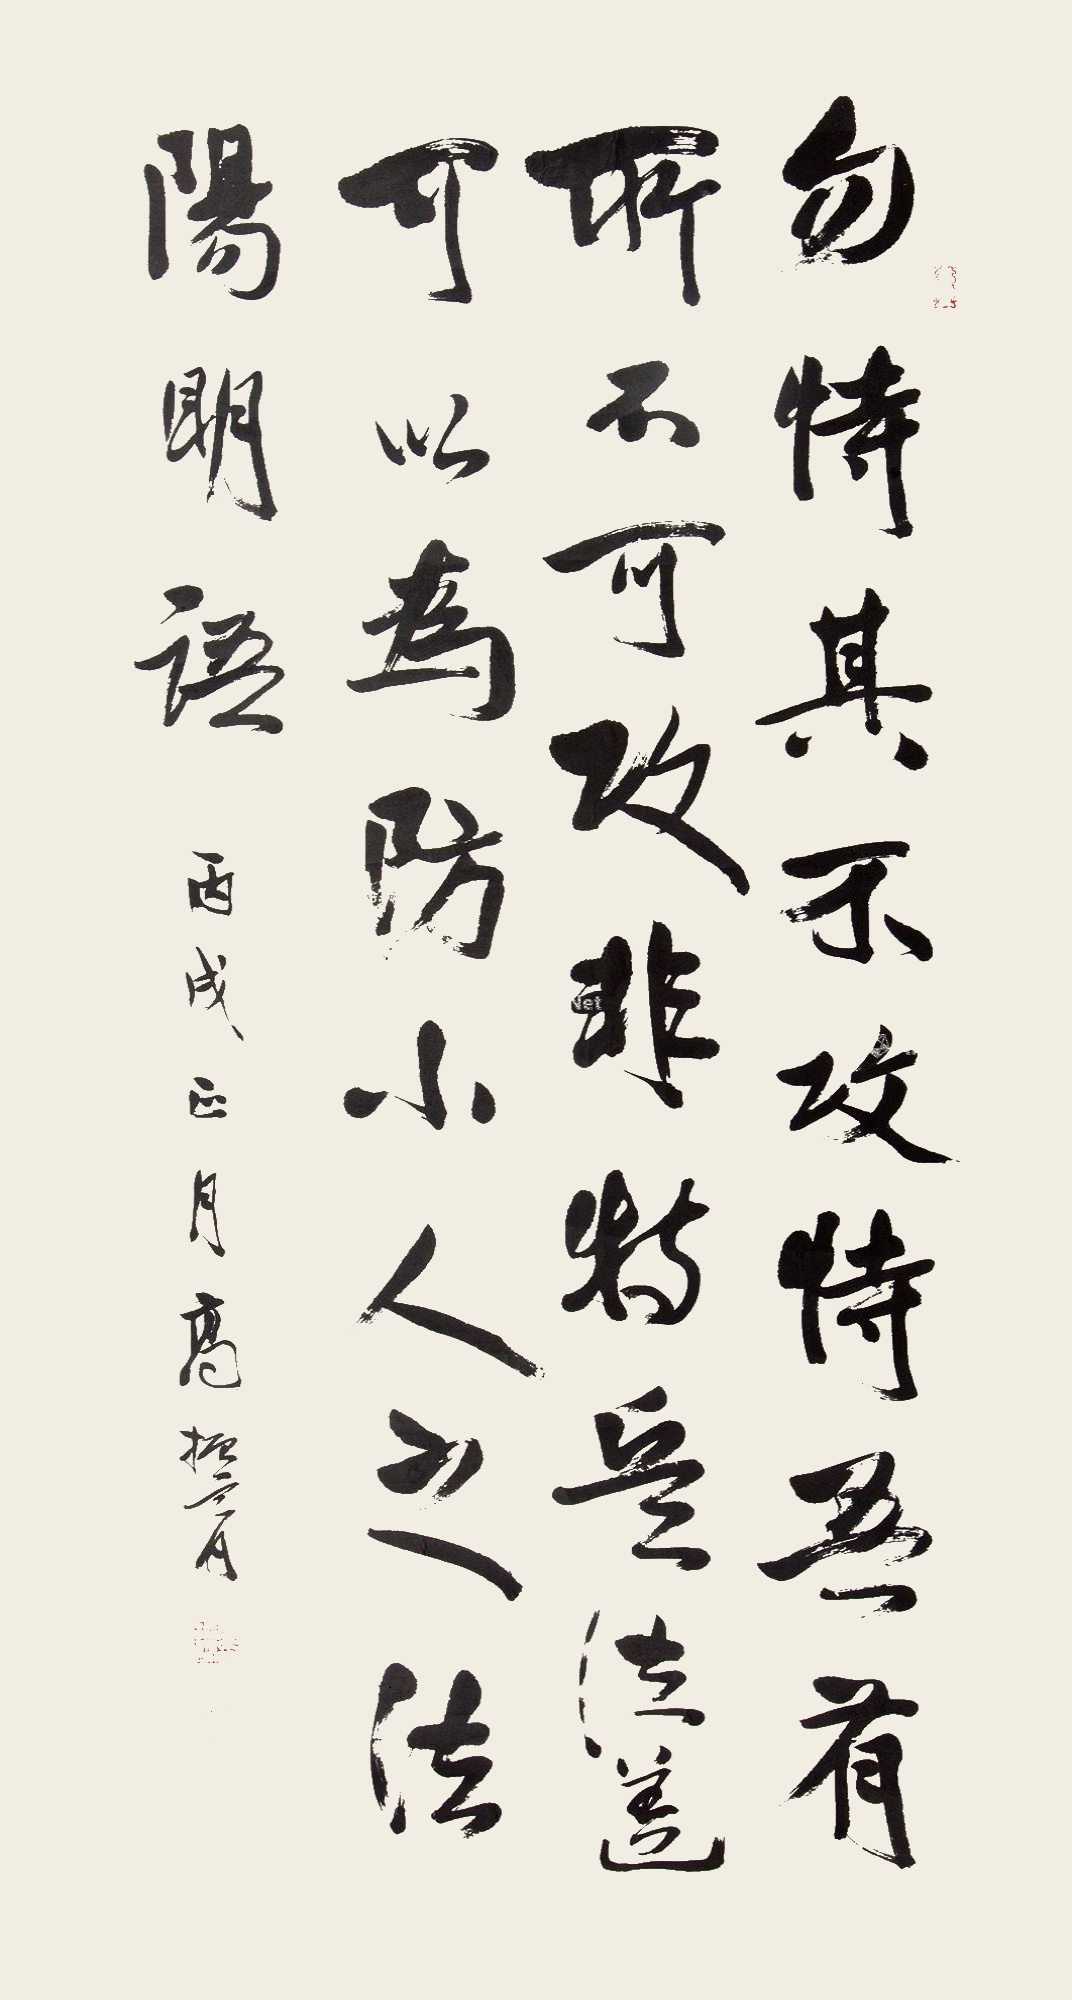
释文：勿恃其不攻，恃吾有所不可攻也，非特兵法，盖可以为防小人之法。阳明语。丙戌（1946）正月，高振霄。